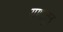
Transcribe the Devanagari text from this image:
गणातून